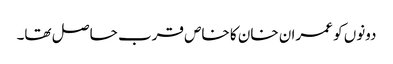
دونوں کو عمران خان کا خاص قرب حا صل تھا۔